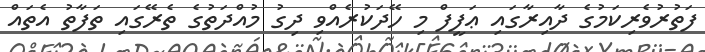
ފަތުރުވެރިކަމުގެ ދާއިރާގައި ޢަފީފް މި ހޭދަކުރެއްވި ދިގު މުއްދަތުގެ ތެރޭގައި ތަފާތު އެތައް